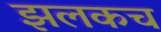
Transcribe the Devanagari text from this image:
झलकच